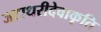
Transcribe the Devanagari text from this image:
जटाधरीदेवाकृति